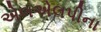
એલએલપીના